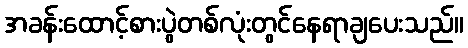
အခန်းထောင့်စားပွဲတစ်လုံးတွင်နေရာချပေးသည်။